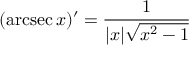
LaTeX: ( \operatorname { a r c s e c } x ) ^ { \prime } = { \frac { 1 } { | x | { \sqrt { x ^ { 2 } - 1 } } } }